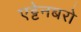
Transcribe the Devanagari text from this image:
एट्टेनबरो